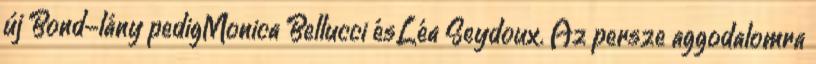
új Bond-lány pedigMonica Bellucci ésLéa Seydoux. Az persze aggodalomra